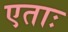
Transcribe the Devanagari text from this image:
एताः